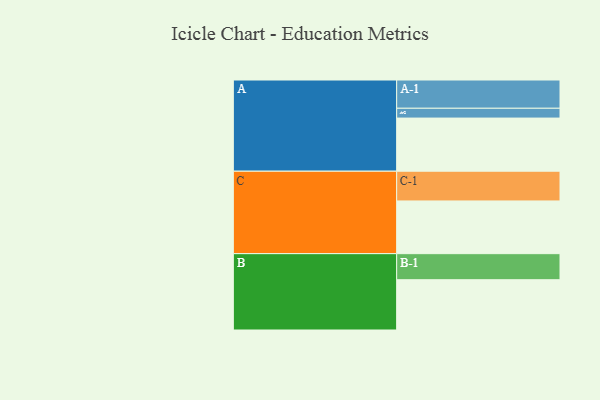
{"axis": {"x": "Segment", "y": "Value"}, "legend": ["", "A", "B", "C"], "data": [{"x": "A", "y": 504, "type": ""}, {"x": "B", "y": 477, "type": ""}, {"x": "C", "y": 500, "type": ""}, {"x": "A-1", "y": 268, "type": "A"}, {"x": "A-2", "y": 93, "type": "A"}, {"x": "B-1", "y": 247, "type": "B"}, {"x": "C-1", "y": 282, "type": "C"}]}